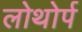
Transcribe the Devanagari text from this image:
लोथोर्प